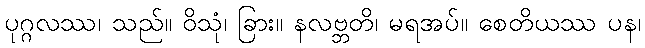
ပုဂ္ဂလဿ၊ သည်။ ဝိသုံ၊ ခြား။ နလဗ္ဘတိ၊ မရအပ်။ စေတိယဿ ပန၊